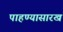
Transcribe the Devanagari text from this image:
पाहण्यासारखं